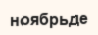
ноябрьде